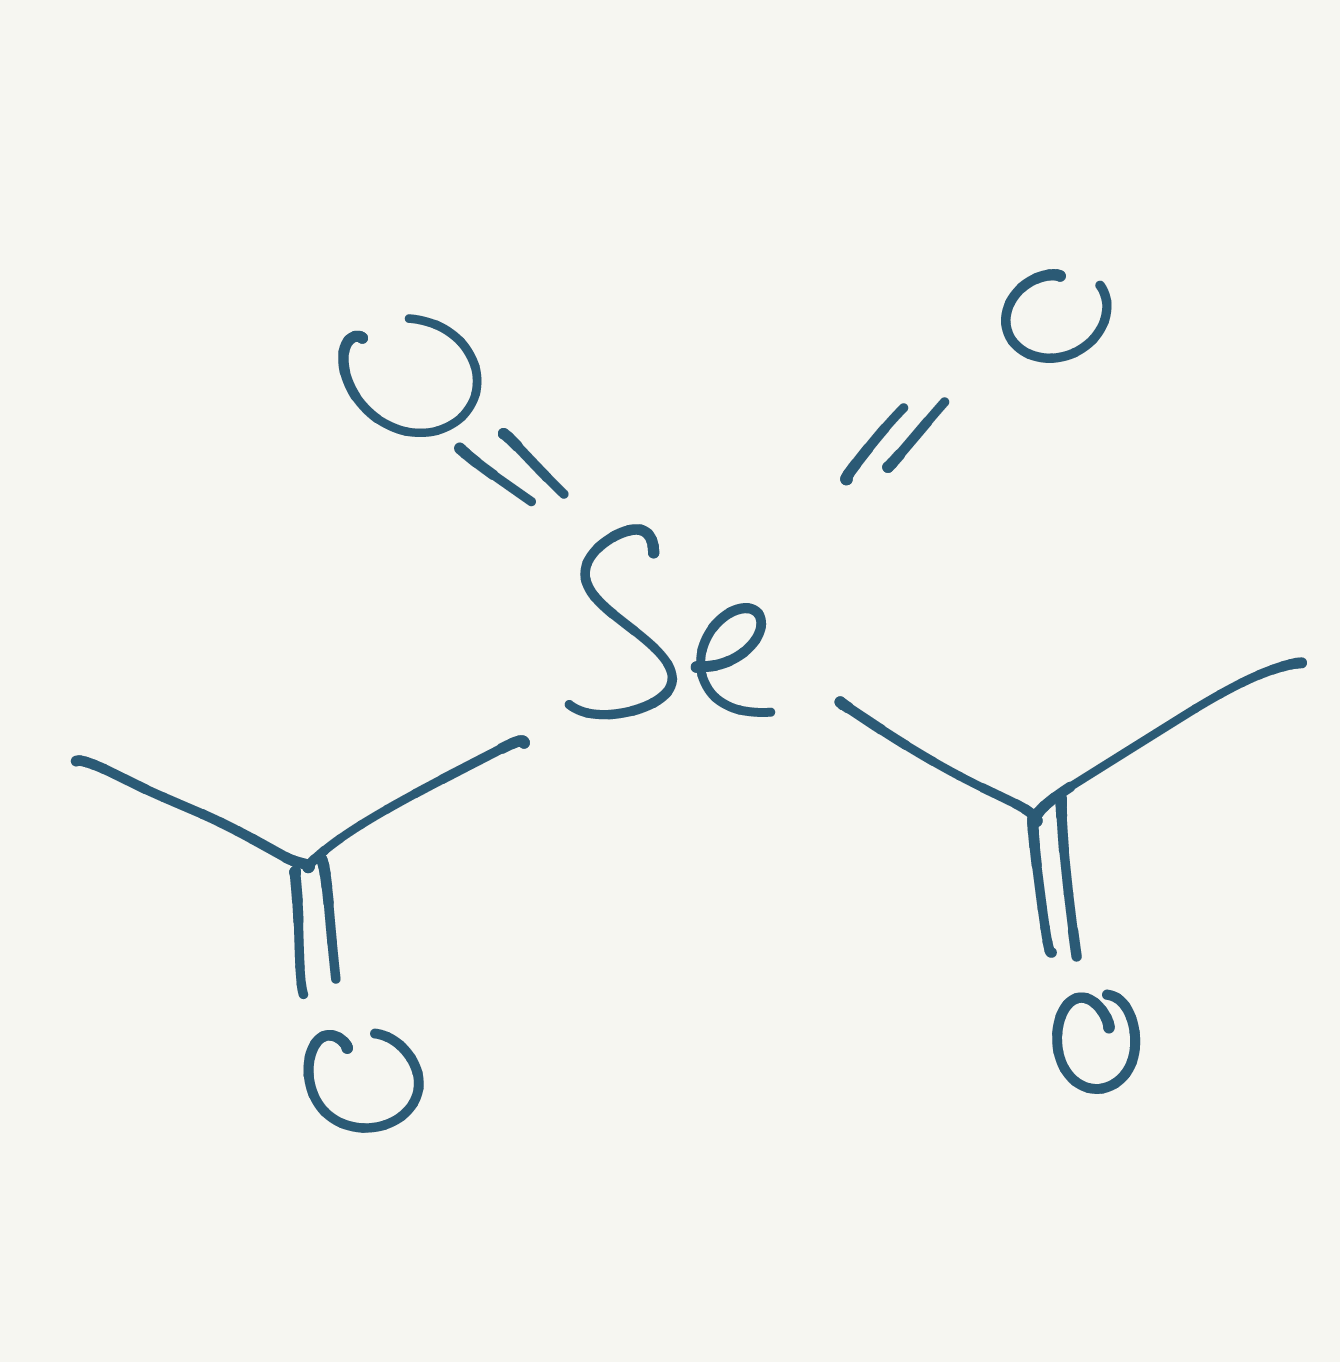
Simplified molecular-input line-entry system (SMILES) notation of the given molecule:
CC(=O)[Se](=O)(=O)C(=O)C